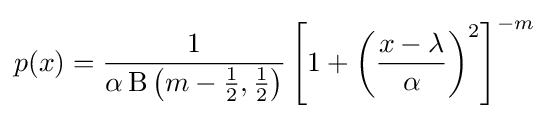
p(x)={\frac {1}{\alpha \operatorname {\mathrm {B} } \left(m-{\frac {1}{2}},{\frac {1}{2}}\right)}}\left[1+\left({\frac {x-\lambda }{\alpha }}\right)^{2}\right]^{-m}